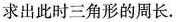
求出此时三角形的周长.